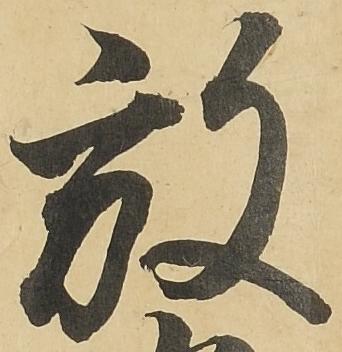
放